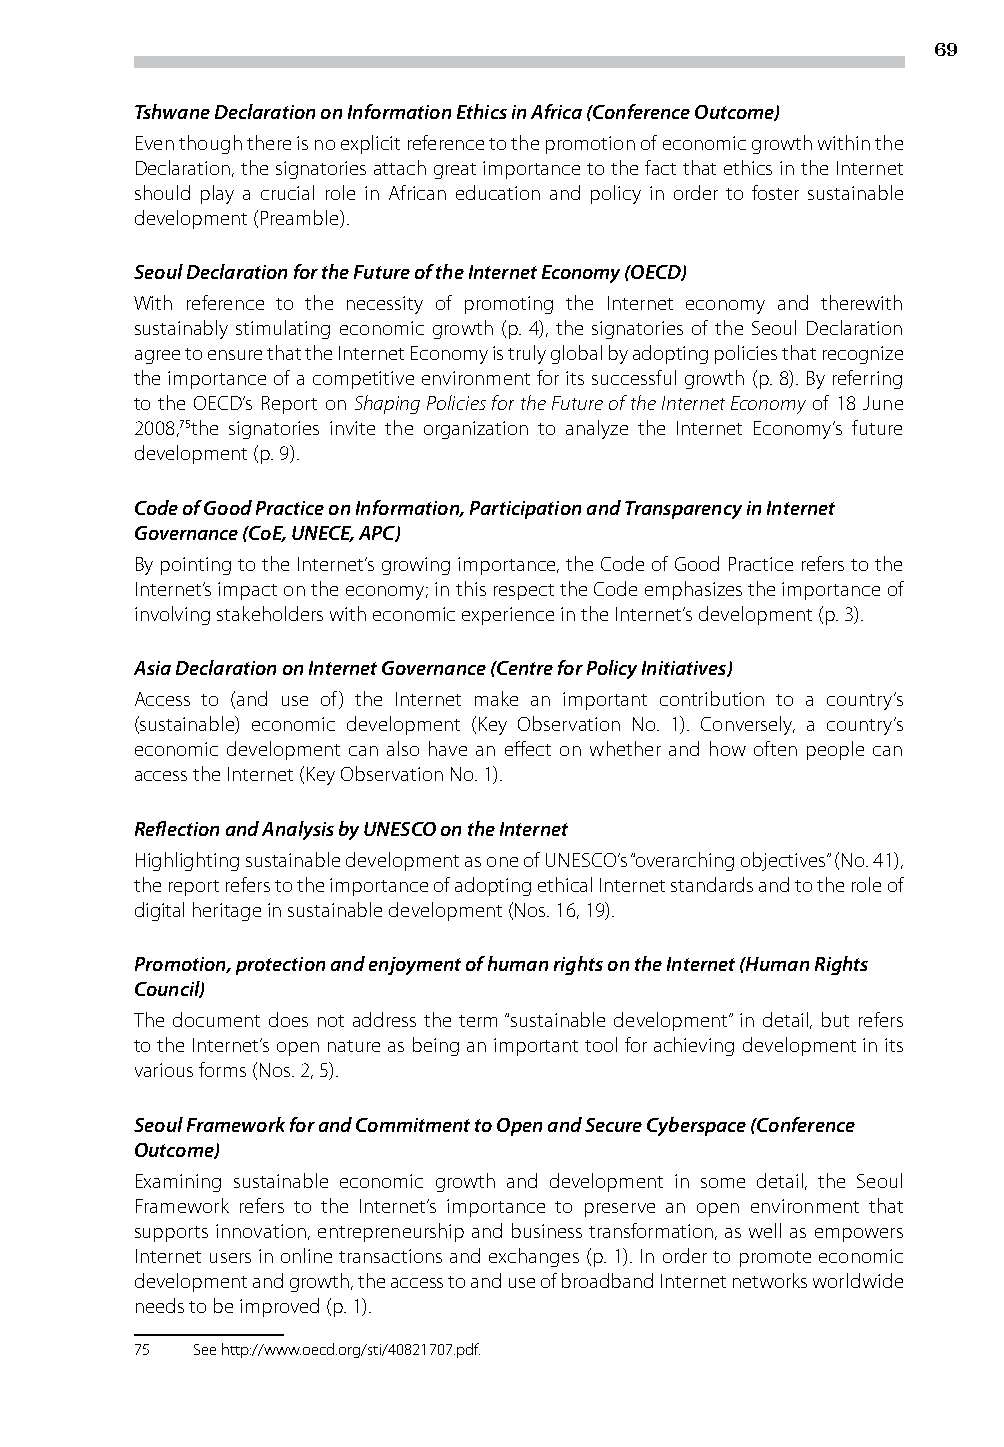
69
 Tshwane Declaration on Information Ethics in Africa (Conference Outcome)
 Even though there is no explicit reference to the promotion of economic growth within the
 Declaration, the signatories attach great importance to the fact that ethics in the Internet
 should play a crucial role in African education and policy in order to foster sustainable
 development (Preamble).
 Seoul Declaration for the Future of the Internet Economy (OECD)
 With reference to the necessity of promoting the Internet economy and therewith
 sustainably stimulating economic growth (p. 4), the signatories of the Seoul Declaration
 agree to ensure that the Internet Economy is truly global by adopting policies that recognize
 the importance of a competitive environment for its successful growth (p. 8). By referring
 to the OECD’s Report on Shaping Policies for the Future of the Internet Economy of 18 June
 2008,75the signatories invite the organization to analyze the Internet Economy’s future
 development (p. 9).
 Code of Good Practice on Information, Participation and Transparency in Internet
 Governance (CoE, UNECE, APC)
 By pointing to the Internet’s growing importance, the Code of Good Practice refers to the
 Internet’s impact on the economy; in this respect the Code emphasizes the importance of
 involving stakeholders with economic experience in the Internet’s development (p. 3).
 Asia Declaration on Internet Governance (Centre for Policy Initiatives)
 Access to (and use of) the Internet make an important contribution to a country’s
 (sustainable) economic development (Key Observation No. 1). Conversely, a country’s
 economic development can also have an effect on whether and how often people can
 access the Internet (Key Observation No. 1).
 Reflection and Analysis by UNESCO on the Internet
 Highlighting sustainable development as one of UNESCO’s “overarching objectives” (No. 41),
 the report refers to the importance of adopting ethical Internet standards and to the role of
 digital heritage in sustainable development (Nos. 16, 19).
 Promotion, protection and enjoyment of human rights on the Internet (Human Rights
 Council)
 The document does not address the term “sustainable development” in detail, but refers
 to the Internet’s open nature as being an important tool for achieving development in its
 various forms (Nos. 2, 5).
 Seoul Framework for and Commitment to Open and Secure Cyberspace (Conference
 Outcome)
 Examining sustainable economic growth and development in some detail, the Seoul
 Framework refers to the Internet’s importance to preserve an open environment that
 supports innovation, entrepreneurship and business transformation, as well as empowers
 Internet users in online transactions and exchanges (p. 1). In order to promote economic
 development and growth, the access to and use of broadband Internet networks worldwide
 needs to be improved (p. 1).
 75  See http://www.oecd.org/sti/40821707.pdf.